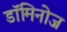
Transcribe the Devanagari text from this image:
डॉमिनोज